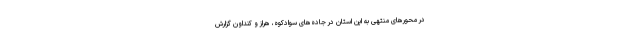
در محورهای منتهی به این استان در جاده‌های سوادکوه، هراز و کنداون گزارش